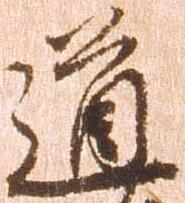
道